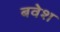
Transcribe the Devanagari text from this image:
बवेश